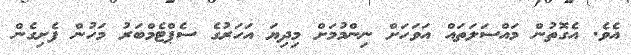
އެވެ. އެގޮތުން މައްސަލަތައް އަވަހަށް ނިންމުމަށް މިދިޔަ އަހަރުގެ ސެޕްޓެމްބަރު މަހުން ފެށިގެން